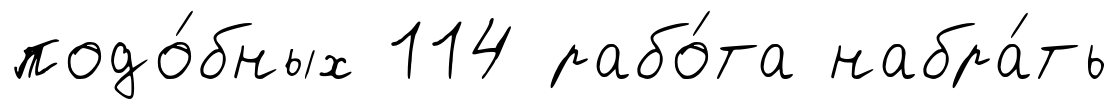
подо́бных 114 рабо́та набра́ть